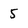
Character: 5